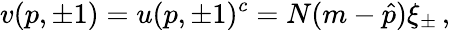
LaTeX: v(p,\pm 1)=u(p,\pm 1)^{c}=N(m-\hat{p})\xi_{\pm}\, ,